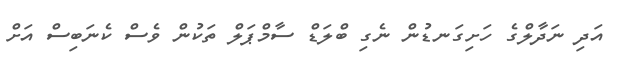
އަދި ނަދާލްގެ ހަށިގަނޑުން ނެގި ބްލަޑް ސާމްޕަލް ތަކުން ވެސް ކެނަބިސް އަށް